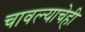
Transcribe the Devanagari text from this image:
चावल्याचेही